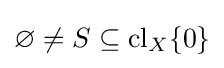
\varnothing \neq S\subseteq \operatorname {cl} _{X}\{0\}